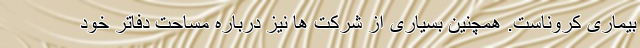
بیماری کروناست. همچنین بسیاری از شرکت ها نیز درباره مساحت دفاتر خود